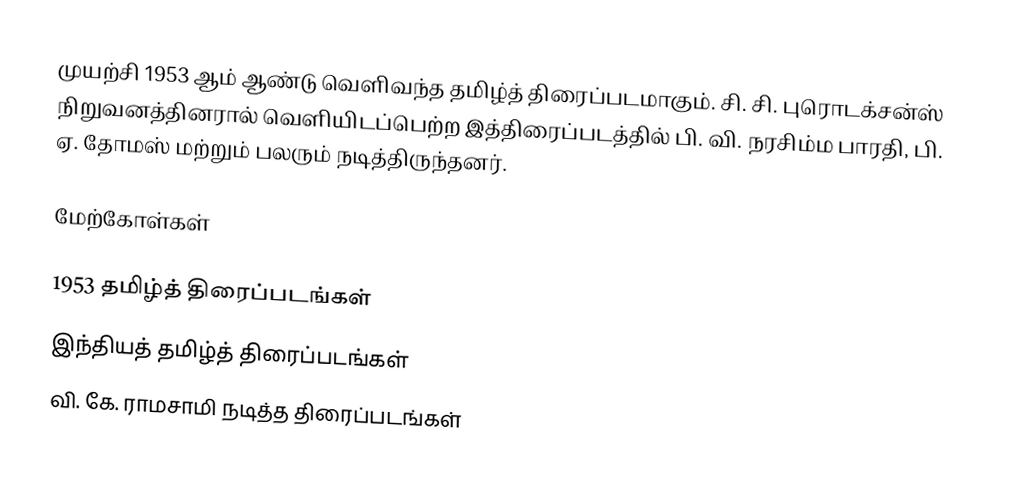
முயற்சி 1953 ஆம் ஆண்டு வெளிவந்த தமிழ்த் திரைப்படமாகும். சி. சி. புரொடக்சன்ஸ் நிறுவனத்தினரால் வெளியிடப்பெற்ற இத்திரைப்படத்தில் பி. வி. நரசிம்ம பாரதி, பி. ஏ. தோமஸ் மற்றும் பலரும் நடித்திருந்தனர்.

மேற்கோள்கள்

1953 தமிழ்த் திரைப்படங்கள்
இந்தியத் தமிழ்த் திரைப்படங்கள்
வி. கே. ராமசாமி நடித்த திரைப்படங்கள்